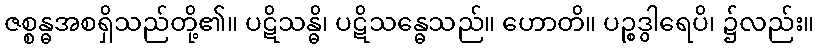
ဇစ္စန္ဓအစရှိသည်တို့၏။ ပဋိသန္ဓိ၊ ပဋိသန္ဓေသည်။ ဟောတိ။ ပဉ္စဒွါရေပိ၊ ၌လည်း။